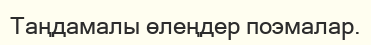
Таңдамалы өлеңдер поэмалар.